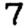
Digit: 7